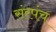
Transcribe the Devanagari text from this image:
संरपंच